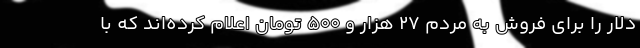
دلار را برای فروش به مردم ۲۷ هزار و ۵۰۰ تومان اعلام کرده‌اند که با